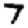
Digit: 7